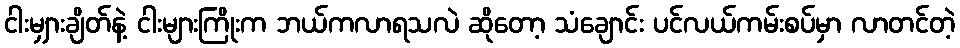
ငါးမျှားချိတ်နဲ့ ငါးများကြိုးက ဘယ်ကလာရသလဲ ဆိုတော့ သံချောင်း ပင်လယ်ကမ်းစပ်မှာ လာတင်တဲ့